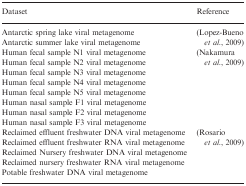
<table><thead><tr><td><b>Dataset</b></td><td><b>Reference</b></td></tr></thead><tbody><tr><td>Antarctic spring lake viral metagenome</td><td rowspan="2">(Lopez-Bueno <i>et al.</i>, 2009)</td></tr><tr><td>Antarctic summer lake viral metagenome</td></tr><tr><td>Human fecal sample N1 viral metagenome</td><td rowspan="8">(Nakamura <i>et al.</i>, 2009)</td></tr><tr><td>Human fecal sample N2 viral metagenome</td></tr><tr><td>Human fecal sample N3 viral metagenome</td></tr><tr><td>Human fecal sample N4 viral metagenome</td></tr><tr><td>Human fecal sample N5 viral metagenome</td></tr><tr><td>Human nasal sample F1 viral metagenome</td></tr><tr><td>Human nasal sample F2 viral metagenome</td></tr><tr><td>Human nasal sample F3 viral metagenome</td></tr><tr><td>Reclaimed effluent freshwater DNA viral metagenome</td><td rowspan="5">(Rosario <i>et al.</i>, 2009)</td></tr><tr><td>Reclaimed effluent freshwater RNA viral metagenome</td></tr><tr><td>Reclaimed Nursery freshwater DNA viral metagenome</td></tr><tr><td>Reclaimed nursery freshwater RNA viral metagenome</td></tr><tr><td>Potable freshwater DNA viral metagenome</td></tr></tbody></table>